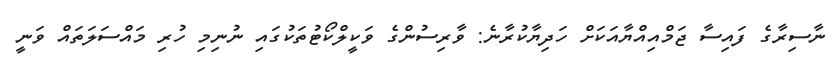
ނާސިރާގެ ފައިސާ ޖަމްއިއްޔާއަކަށް ހަދިޔާކުރާނެ: ވާރިސުންގެ ވަކީލްކޯޓުތަކުގައި ނުނިމި ހުރި މައްސަލަތައް ވަނީ